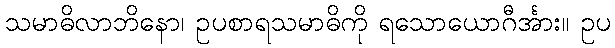
သမာဓိလာဘိနော၊ ဥပစာရသမာဓိကို ရသောယောဂီင်္အား။ ဥပ